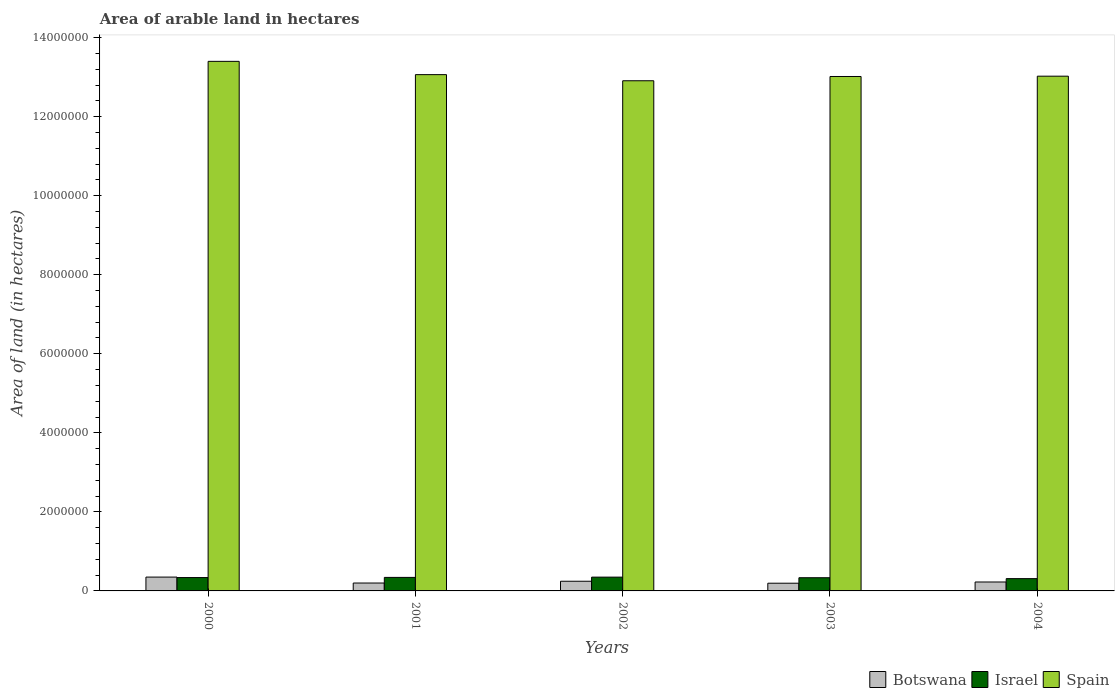
| Years | Botswana | Israel | Spain |
 | --- | --- | --- | --- |
 | 2000 | 3.5e+05 | 3.38e+05 | 1.34e+07 |
 | 2001 | 2e+05 | 3.42e+05 | 1.31e+07 |
 | 2002 | 2.45e+05 | 3.49e+05 | 1.29e+07 |
 | 2003 | 1.95e+05 | 3.34e+05 | 1.3e+07 |
 | 2004 | 2.26e+05 | 3.11e+05 | 1.3e+07 |